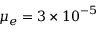
\mu _ { e } = 3 \times { 1 0 } ^ { - 5 }